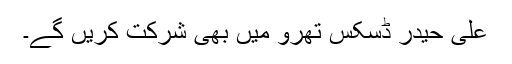
علی حیدر ڈسکس تھرو میں بھی شرکت کریں گے۔